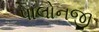
પાલોનજી